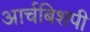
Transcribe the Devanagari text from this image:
आर्चबिशपी